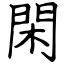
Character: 閑